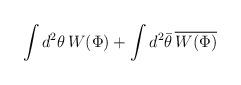
LaTeX: \begin{align*} \int d^2\theta\, W(\Phi) + \int d^2\bar\theta\, \overline{W(\Phi)}\end{align*}